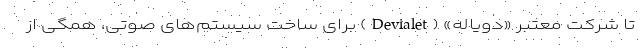
تا شرکت معتبر «دویاله» (Devialet) برای ساخت سیستم‌های صوتی، همگی از